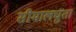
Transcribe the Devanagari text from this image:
सीमालघुता